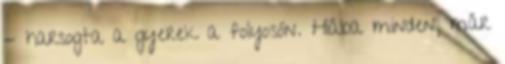
- harsogta a gyerek a folyosón. Hiába minden, már